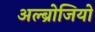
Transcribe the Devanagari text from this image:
अल्ब्रोजियो